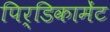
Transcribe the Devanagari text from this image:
पिर्डिकामेंट